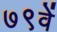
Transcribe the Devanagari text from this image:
७९वें